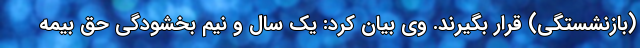
(بازنشستگی) قرار بگیرند. وی بیان کرد: یک سال و نیم بخشودگی حق بیمه